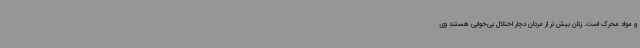
و مواد محرک است. زنان بیش‌تر از مردان دچار اختلال بی‌خوابی هستند وی